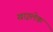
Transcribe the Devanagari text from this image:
खाइलेक